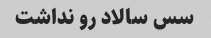
سس سالاد رو نداشت